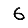
Digit: 6